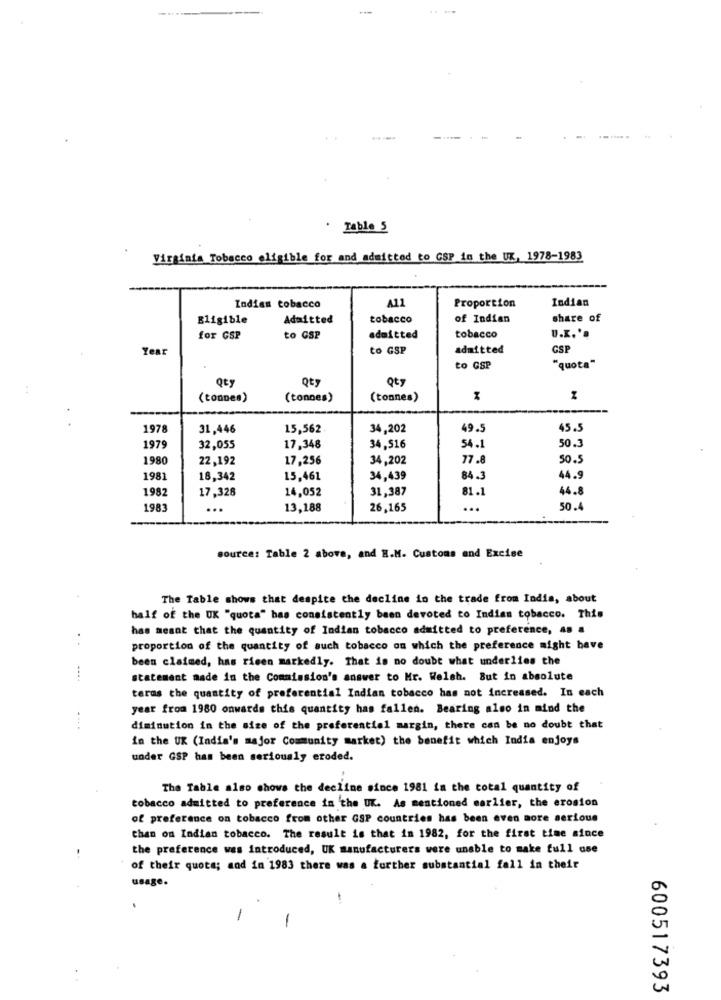
· Table 5
Virginia Tobacco eligible for and admitted to GSP in the UK, 1978-1983
A11
Proportion
Indian
Indian tobacco
Eligible
Admitted
tobacco
of Indian
share of
for GSP
to GSP
admitted
tobacco
U.K.'.
Year
to GSP
admitted
GSP
to GSP
"quota"
Qty
Qty
Qty
..
(tonnes)
(tonnes)
(tonnes)
1978
31,446
15,562
34,202
49.5
45.5
50.3
1979
32,055
17,348
34,516
54.1
1980
22,192
17,256
34,202
77.8
50.5
1981
18,342
15,461
34,439
84.3
44.9
1982
14,052
31,387
81.1
44.8
17,328
1983
...
13,188
26,165
...
50.4
source: Table 2 above, and H.M. Customs and Excise
The Table shows that despite the decline in the trade from India, about
half of the UK "quota" has consistently been devoted to Indian tobacco. This
has meant that the quantity of Indian tobacco admitted to preference, As a
proportion of the quantity of such tobacco on which the preference might have
been claimed, has risen markedly. That is no doubt what underlies the
...
statement made in the Commission's answer to Mr. Welsh. But in absolute
terms the quantity of preferential Indian tobacco has not increased. In each
year from 1980 onwards this quantity has fallen. Bearing also in mind the
diminution in the size of the preferential margin, there can be no doubt that
in the UK (India's major Community market) the benefit which India enjoys
under GSP has been seriously eroded.
The Table also shows the decline since 1981 in the total quantity of
tobacco admitted to preference in the UK. As mentioned earlier, the erosion
of preference on tobacco from other GSP countries has been even more serious
than on Indian tobacco. The result is that in 1982, for the first time since
the preference was introduced, UK manufacturers were unable to make full ase
of their quota; and in 1983 there was a further substantial fall in their
usage.
-
600517393